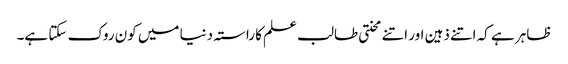
ظاہر ہے کہ اتنے ذہین اور اتنے محنتی طالب علم کا راستہ دنیا میں کون روک سکتا ہے۔